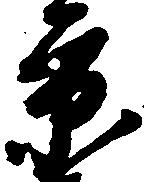
京